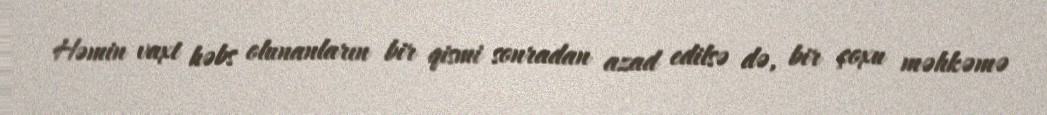
Həmin vaxt həbs olunanların bir qismi sonradan azad edilsə də, bir çoxu məhkəmə